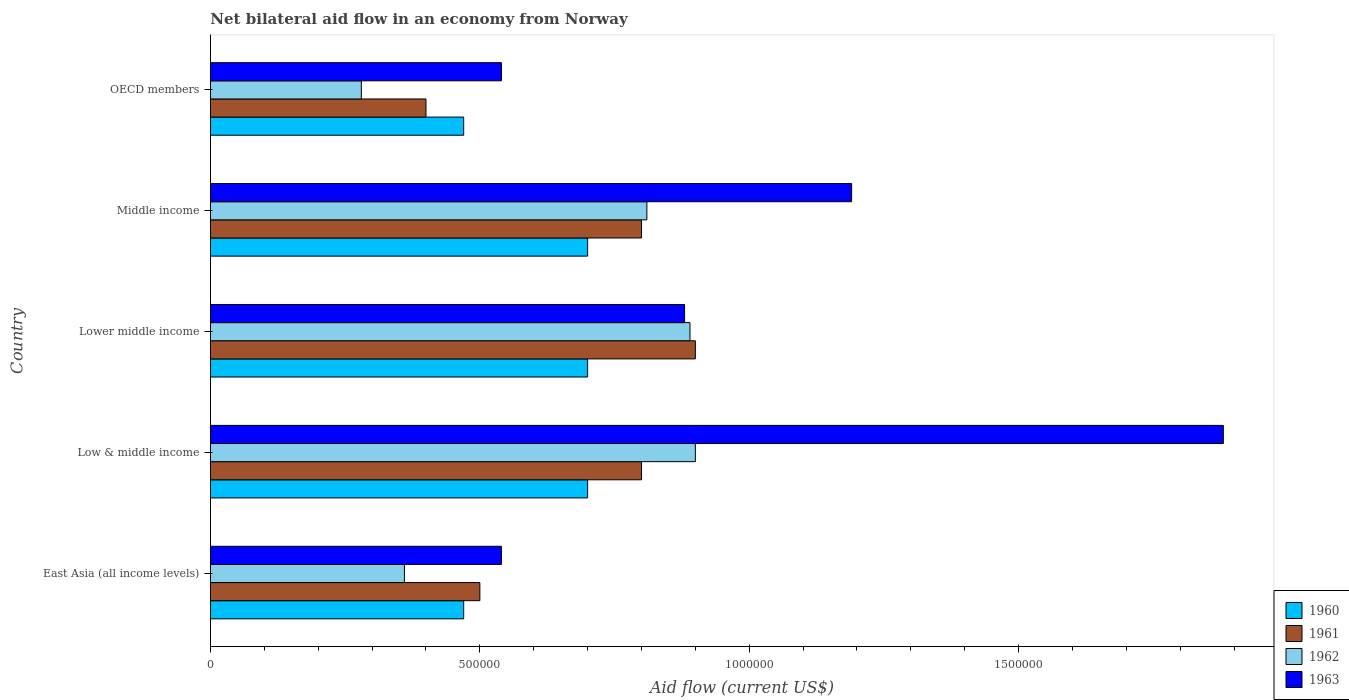
| Country | 1960 | 1961 | 1962 | 1963 |
 | --- | --- | --- | --- | --- |
 | East Asia (all income levels) | 4.7e+05 | 5e+05 | 3.6e+05 | 5.4e+05 |
 | Low & middle income | 7e+05 | 8e+05 | 9e+05 | 1.88e+06 |
 | Lower middle income | 7e+05 | 9e+05 | 8.9e+05 | 8.8e+05 |
 | Middle income | 7e+05 | 8e+05 | 8.1e+05 | 1.19e+06 |
 | OECD members | 4.7e+05 | 4e+05 | 2.8e+05 | 5.4e+05 |